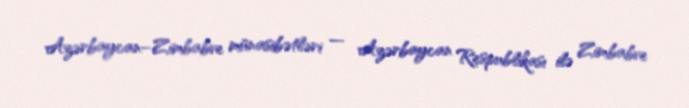
Azərbaycan–Zimbabve münasibətləri — Azərbaycan Respublikası ilə Zimbabve